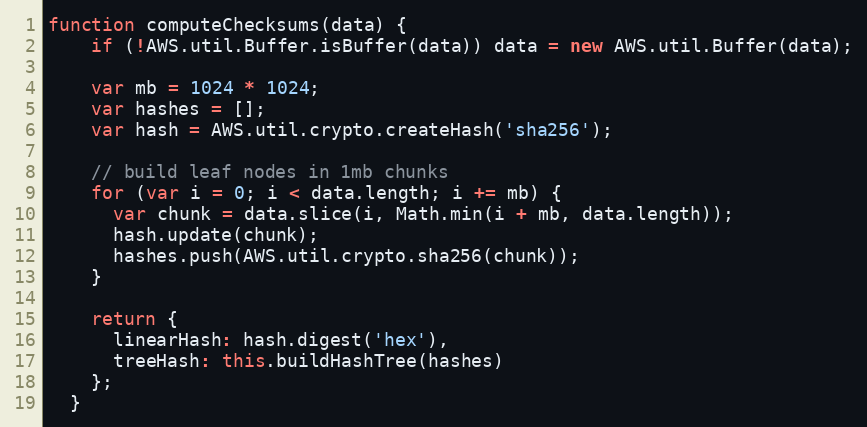
Language: JavaScript
function computeChecksums(data) {
    if (!AWS.util.Buffer.isBuffer(data)) data = new AWS.util.Buffer(data);

    var mb = 1024 * 1024;
    var hashes = [];
    var hash = AWS.util.crypto.createHash('sha256');

    // build leaf nodes in 1mb chunks
    for (var i = 0; i < data.length; i += mb) {
      var chunk = data.slice(i, Math.min(i + mb, data.length));
      hash.update(chunk);
      hashes.push(AWS.util.crypto.sha256(chunk));
    }

    return {
      linearHash: hash.digest('hex'),
      treeHash: this.buildHashTree(hashes)
    };
  }